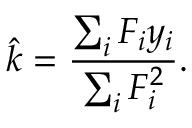
{ \hat { k } } = { \frac { \sum _ { i } F _ { i } y _ { i } } { \sum _ { i } F _ { i } ^ { 2 } } } .